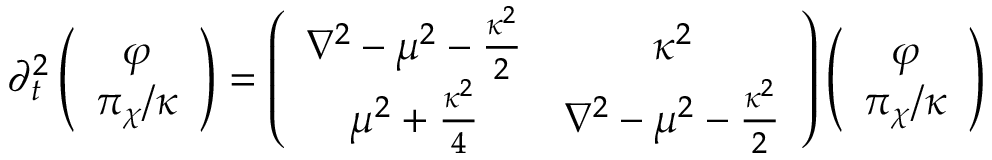
\partial _ { t } ^ { 2 } \left( \begin{array} { c } { { \varphi } } \\ { { { \pi _ { \chi } / \kappa } } } \end{array} \right) = \left( \begin{array} { c c } { { \nabla ^ { 2 } - \mu ^ { 2 } - { \frac { \kappa ^ { 2 } } { 2 } } } } & { { \kappa ^ { 2 } } } \\ { { \mu ^ { 2 } + { \frac { \kappa ^ { 2 } } { 4 } } } } & { { \nabla ^ { 2 } - \mu ^ { 2 } - { \frac { \kappa ^ { 2 } } { 2 } } } } \end{array} \right) \left( \begin{array} { c } { { \varphi } } \\ { { { \pi _ { \chi } / \kappa } } } \end{array} \right)